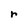
Character: r